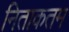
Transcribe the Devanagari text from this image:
निताकतम